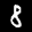
Label: 8